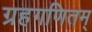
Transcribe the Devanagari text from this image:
ग्रहगणितम्